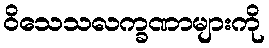
ဝိသေသလက္ခဏာများကို